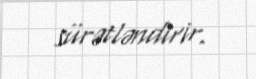
sürətləndirir.